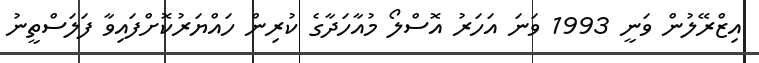
އިޒްރޭލުން ވަނީ 1993 ވަނަ އަހަރު އޮސްލޯ މުއާހަދާގެ ކުރިން ހައްޔަރުކޮށްފައިވާ ފަލަސްތީނު